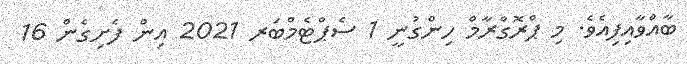
ބާއްވާއިފިއެވެ. މި ޕްރޮގްރާމް ހިންގުނީ 1 ސެޕްޓެމްބަރ 2021 އިން ފެށިގެން 16